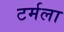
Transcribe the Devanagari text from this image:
टर्मला